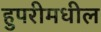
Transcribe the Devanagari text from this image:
हुपरीमधील